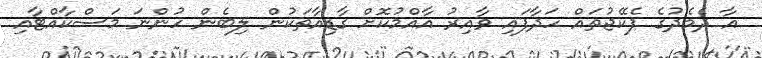
އާ ދެމެދުގެ ޕެކޭޖުތައް ހަދާފައި ވާއިރު އާއްމުކޮށް ގާޑިއާތަކުން ލިބެން ހުންނަ މަސްކާއްޓާއި